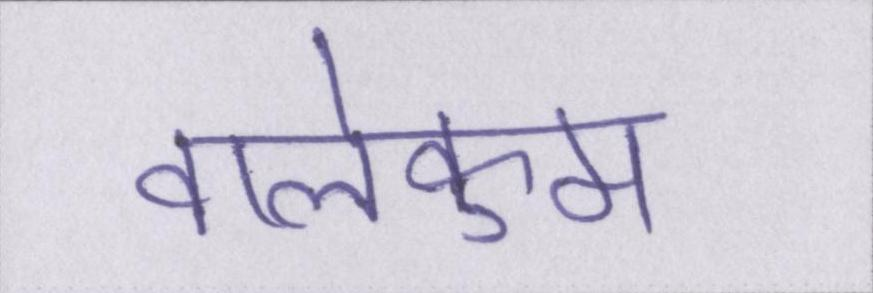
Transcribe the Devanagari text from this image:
वालेकुम